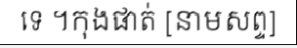
ទេ ។កុងផាត់ [នាមសព្ទ]